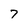
Character: 7